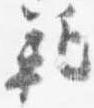
範